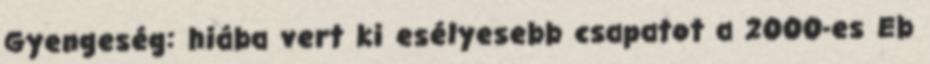
Gyengeség: hiába vert ki esélyesebb csapatot a 2000-es Eb